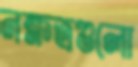
নক্ষত্রগুলো